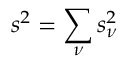
s ^ { 2 } = \sum _ { \nu } s _ { \nu } ^ { 2 }